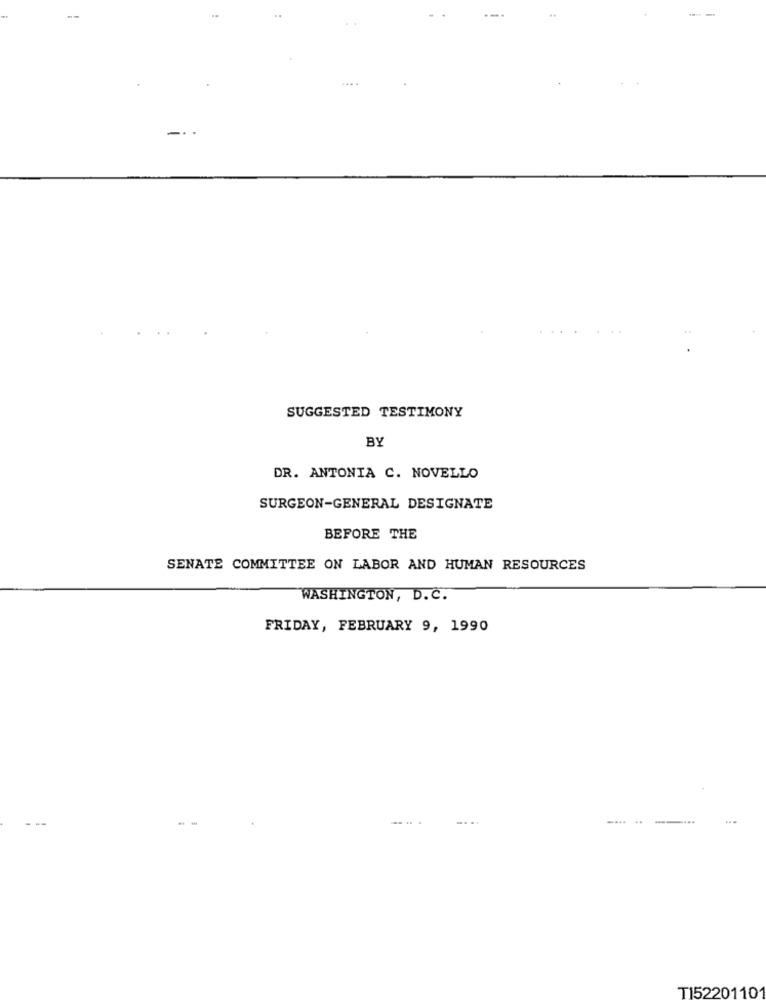
....
SUGGESTED TESTIMONY
BY
DR. ANTONIA C. NOVELLO
SURGEON-GENERAL DESIGNATE
BEFORE THE
SENATE COMMITTEE ON LABOR AND HUMAN RESOURCES
WASHINGTON, D. C.
FRIDAY, FEBRUARY 9, 1990
...
..... ..
TI5220110